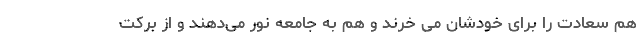
هم سعادت را برای خودشان می خرند و هم به جامعه نور می‌دهند و از برکت